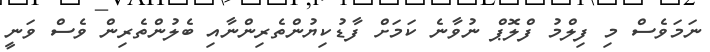
ނަމަވެސް މި ފިލްމު ފްލޮޕް ނުވާނެ ކަމަށް ފާޑުކިޔުންތެރިންނާއި ބެލުންތެރިން ވެސް ވަނީ